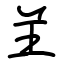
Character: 𦍌